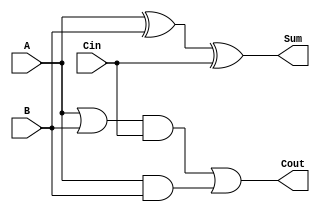
module Module_FA(
    input A,
    input B,
    input Cin,
    output Sum,
    output Cout
    );

wire W1,W2,W3,W4;

//To calculate the sum
xor g1(W1,A,B);
xor g2(Sum,W1,Cin);

//To calculate the carry
or g3(W2,A,B);
and g4(W3,W2,Cin);
and g5(W4,A,B);
or g6(Cout,W3,W4);

endmodule